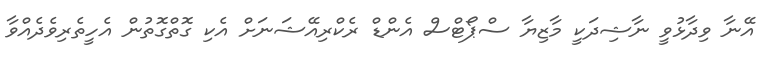
އޭނާ ވިދާޅުވީ ނާޝިދަކީ މާޒިޔާ ސްޕޯޓްސް އެންޑް ރެކްރިއޭޝަނަށް އެކި ގޮތްގޮތުން އެހީތެރިވެދެއްވާ